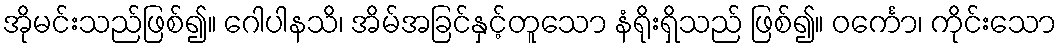
အိုမင်းသည်ဖြစ်၍။ ဂေါပါနသိ၊ အိမ်အခြင်နှင့်တူသော နံရိုးရှိသည် ဖြစ်၍။ ဝင်္ကော၊ ကိုင်းသော